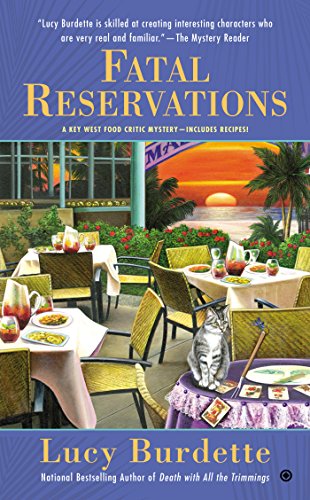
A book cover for Fatal Reservations: A Key West Food Critic Mystery; Lucy Burdette; Mystery, Thriller & Suspense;